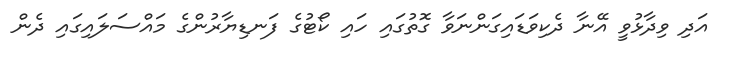
އަދި ވިދާޅުވީ އޭނާ ދެކިވަޑައިގަންނަވާ ގޮތުގައި ހައި ކޯޓުގެ ފަނޑިޔާރުންގެ މައްސަލައިގައި ދެން